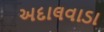
અદાલવાડા